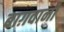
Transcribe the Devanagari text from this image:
बाग़वानी